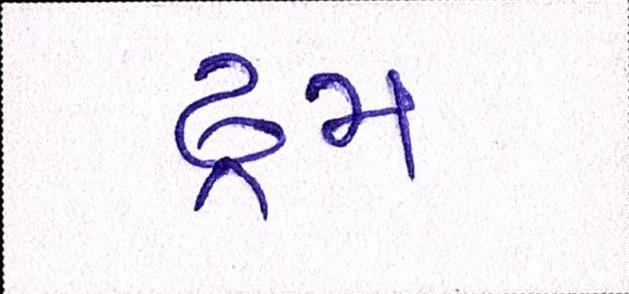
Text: ડ્રમ